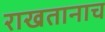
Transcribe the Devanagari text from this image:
राखतानाच